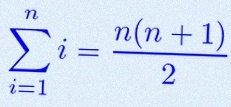
\sum_{i=1}^{n}i=\frac{n(n+1)}2